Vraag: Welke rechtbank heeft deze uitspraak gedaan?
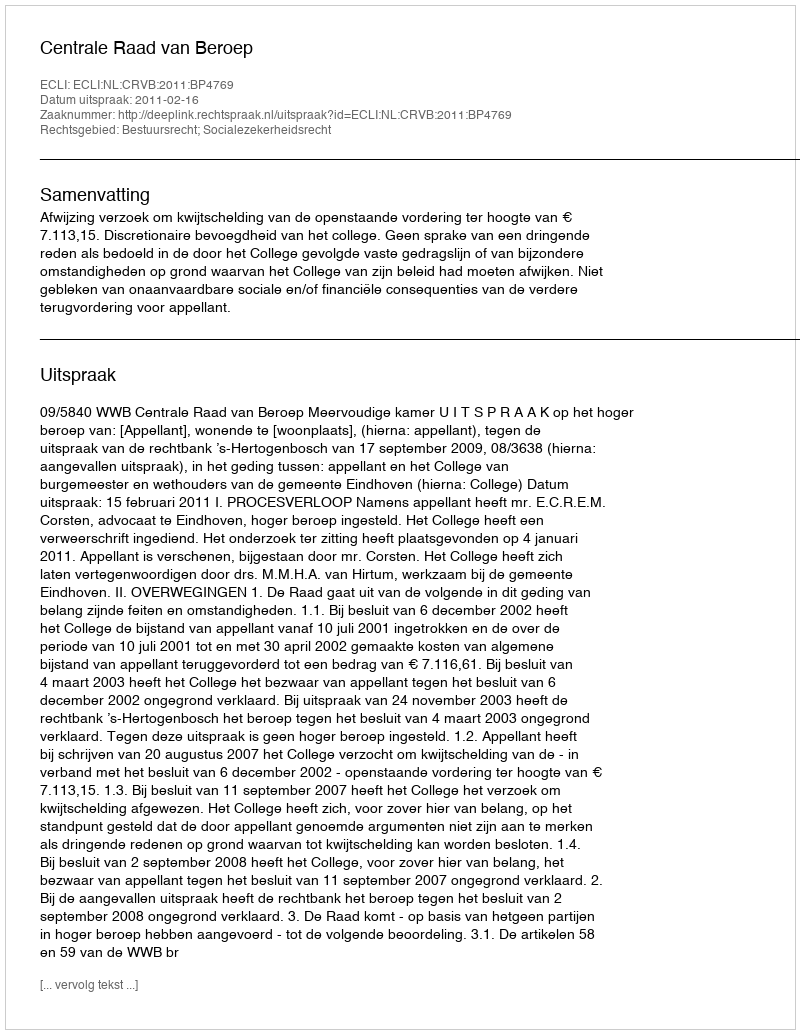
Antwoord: Centrale Raad van Beroep